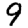
Digit: 9